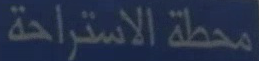
محطة الاستراحة